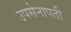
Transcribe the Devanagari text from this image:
उपसेनापती